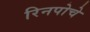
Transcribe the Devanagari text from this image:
रिनपोचे